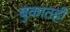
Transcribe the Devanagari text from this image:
बुकातही